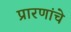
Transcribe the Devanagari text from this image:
प्रारणांचे